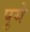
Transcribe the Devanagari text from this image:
पुये